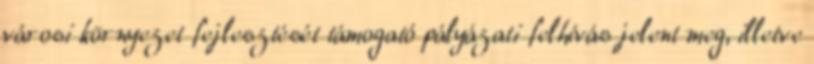
városi környezet fejlesztését támogató pályázati felhívás jelent meg, illetve